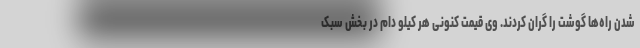
شدن راه‌ها گوشت را گران کردند. وی قیمت کنونی هر کیلو دام در بخش سبک